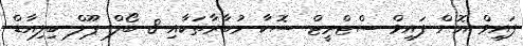
ފައިވް އޮން ފައިވް ސްޓްރީޓް ސޮކާ މުބާރާތަކާއި 8 ބޯލް ޕޫލް ބިލިއާޑް